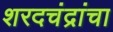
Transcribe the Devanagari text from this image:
शरदचंद्रांचा